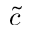
\tilde { c }